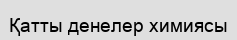
Қатты денелер химиясы